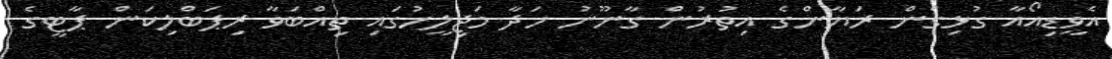
އެވީޑިއޯއާ ގުޅިގެން ރަޔާންގެ އިތުރުން ގާނޫނު ހަދާ މަޖިލީހުގައި ތިއްބަވާ ރިޕަބްލިކަން ޕާޓީގެ